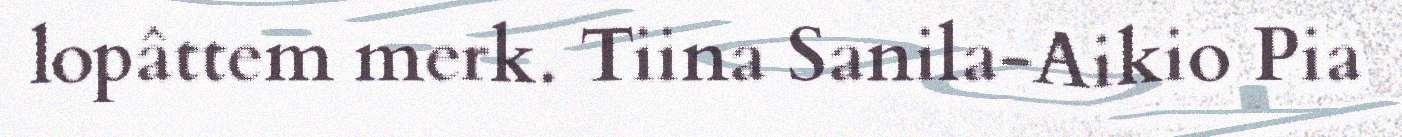
lopâttem merk. Tiina Sanila-Aikio Pia